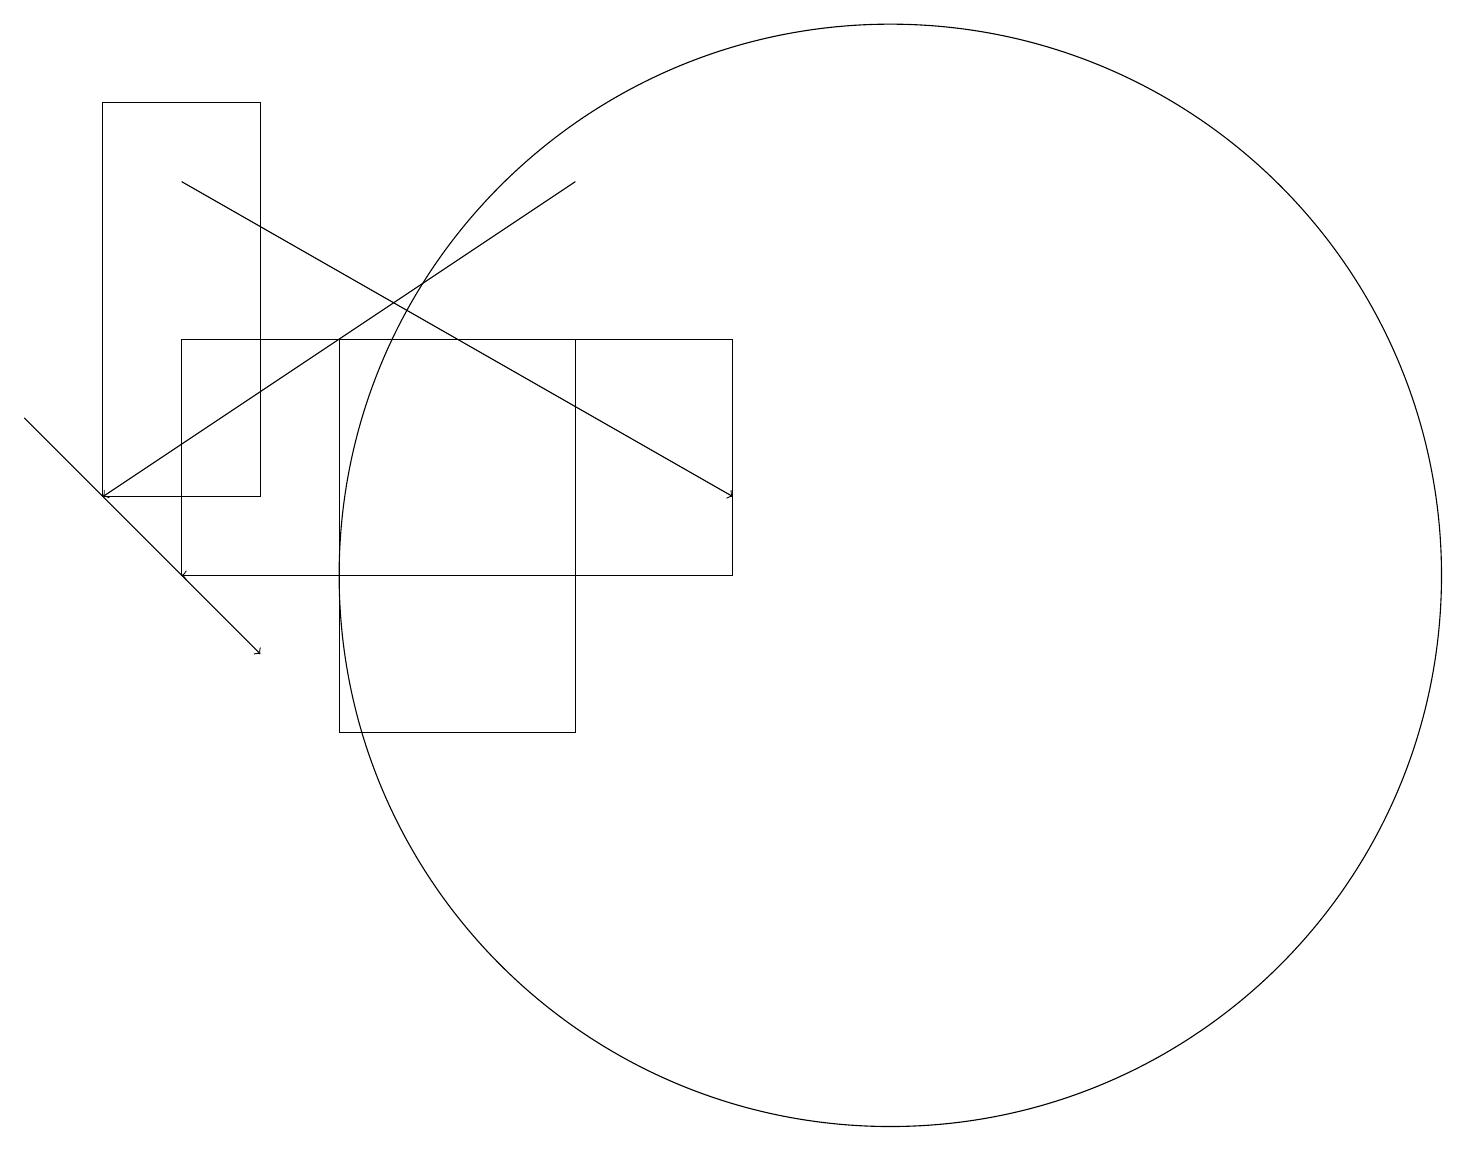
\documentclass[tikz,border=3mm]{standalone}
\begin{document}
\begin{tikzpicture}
\draw (4,10) rectangle (7,15);
\draw[->] (2,17) -- (9,13);
\draw (3,13) rectangle (1,18);
\draw[->] (8,12) -- (2,12);
\draw (11,12) circle (7);
\draw[->] (7,17) -- (1,13);
\draw (2,12) rectangle (9,15);
\draw[->] (0,14) -- (3,11);
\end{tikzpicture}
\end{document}